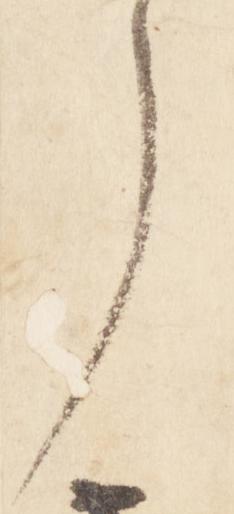
了